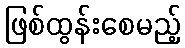
ဖြစ်ထွန်းစေမည့်